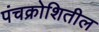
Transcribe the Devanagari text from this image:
पंचक्रोशितील